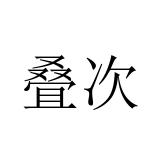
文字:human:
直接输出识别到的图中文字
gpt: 叠次